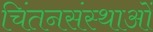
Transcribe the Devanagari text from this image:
चिंतनसंस्थाओं